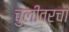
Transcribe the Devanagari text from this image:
चुलीवरचा